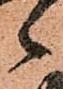
々